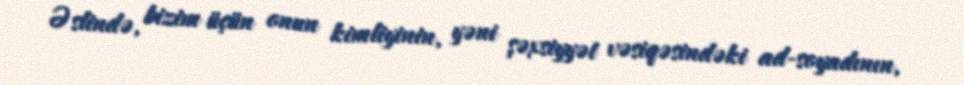
Əslində, bizim üçün onun kimliyinin, yəni şəxsiyyət vəsiqəsindəki ad-soyadının,